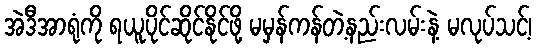
အဲဒီအာရုံကို ရယူပိုင်ဆိုင်နိုင်ဖို့ မမှန်ကန်တဲ့နည်းလမ်းနဲ့ မလုပ်သင့်၊